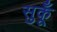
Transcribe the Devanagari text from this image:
सुकूँ